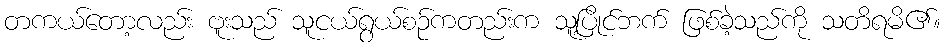
တကယ်တော့လည်း ဗူးသည် သူငယ်ရွယ်စဉ်ကတည်းက သူ့ပြိုင်ဘက် ဖြစ်ခဲ့သည်ကို သတိရမိ၏။